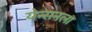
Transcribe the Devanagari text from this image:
येन्सनला